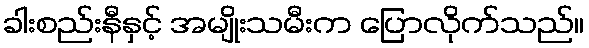
ခါးစည်းနီနှင့် အမျိုးသမီးက ပြောလိုက်သည်။